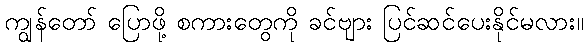
ကျွန်တော် ပြောဖို့ စကားတွေကို ခင်ဗျား ပြင်ဆင်ပေးနိုင်မလား။